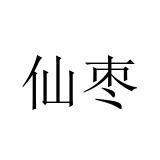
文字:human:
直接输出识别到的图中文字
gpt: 仙枣